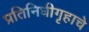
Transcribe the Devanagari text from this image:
प्रतिनिधीगृहाचे